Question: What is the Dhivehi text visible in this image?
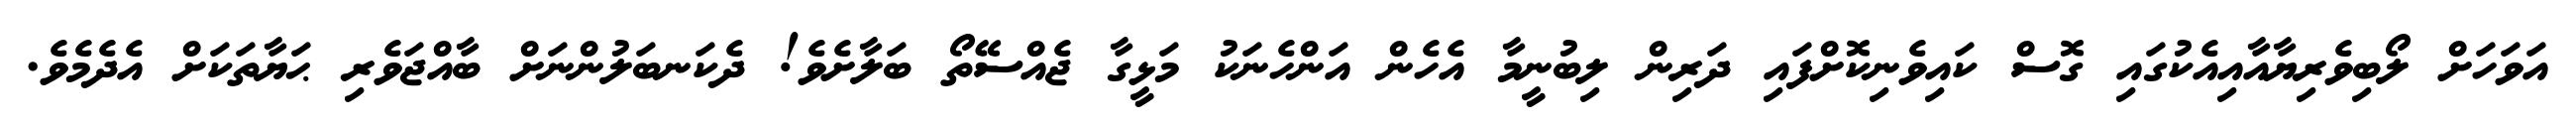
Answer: އަވަހަށް ލޯބިވެރިޔާއާއިއެކުގައި ގޮސް ކައިވެނިކޮށްފައި ދަރިން ލިބުނީމާ އެހެން އަންހެނަކު މަޅީގާ ޖެއްސޭތޯ ބަލާށެވެ! ދެކަނބަލުންނަށް ބާއްޖަވެރި ޙަޔާތަކަށް އެދެމެވެ.